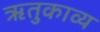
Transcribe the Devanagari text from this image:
ॠतुकाव्य